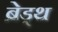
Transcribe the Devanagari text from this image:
ब्रेड्थ